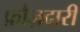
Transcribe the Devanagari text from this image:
फ़ौज़दारी